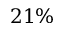
2 1 \%